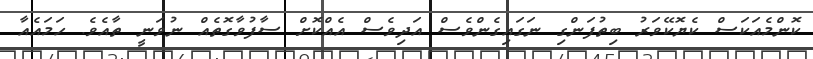
ކޮންމެއަކަސް ކެޔޮކޭވަރު ބިތުފަންގި ނަގައިގެންވެސް އަދިވެެސް އެއްކޮށް ސާފުވާގޮތެއް ނުވަނީ ތާއެވެ. ހަމައެއާ